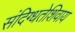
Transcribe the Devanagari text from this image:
संदिग्धतेशिवाय